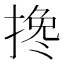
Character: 搀